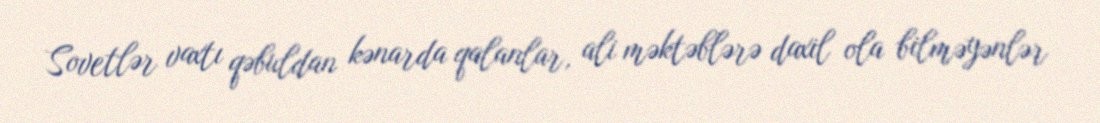
Sovetlər vaxtı qəbuldan kənarda qalanlar, ali məktəblərə daxil ola bilməyənlər